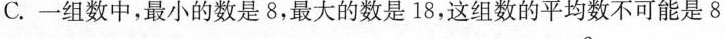
C.一组数中，最小的数是8，最大的数是18，这组数的平均数不可能是8